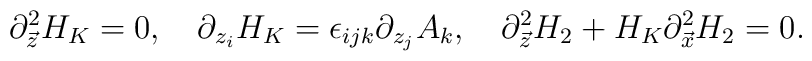
\partial^{2}_{\vec{z}}H_{K}=0,\ \ \ \partial_{z_{i}}H_{K}=\epsilon_{ijk}\partial_{z_{j}}A_{k},\ \ \ \partial^{2}_{\vec{z}}H_{2}+H_{K}\partial^{2}_{\vec{x}}H_{2}=0.